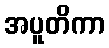
အပူတိကာ